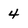
Character: 4